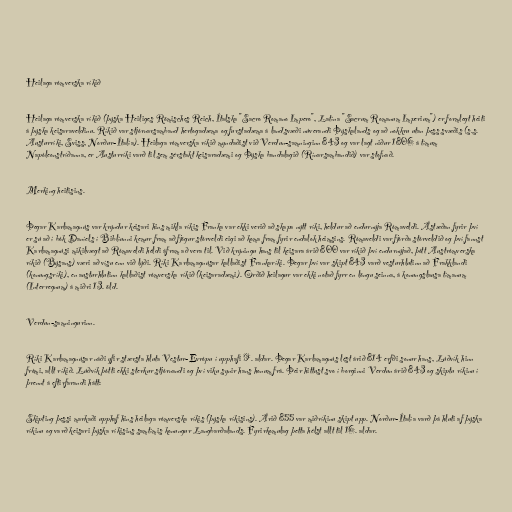
Heilaga rómverska ríkið

Heilaga rómverska ríkið (þýska Heiliges Römisches Reich, Ítalska "Sacro Romano Impero", Latína "Sacrum Romanum Imperium") er formlegt heiti
á þýska keisaraveldinu. Ríkið var stjórnarsamband hertogadæma og furstadæma á landsvæði núverandi Þýskalands og að nokkru utan þess svæðis (s.s.
Austurríki, Sviss, Norður-Ítalía). Heilaga rómverska ríkið myndaðist við Verdun-samninginn 843 og var lagt niður 1806 á tímum
Napóleonstríðanna, er Austurríki varð til sem sérstakt keisaradæmi og Þýska bandalagið (Rínarsambandið) var stofnað.

Merking heitisins.

Þegar Karlamagnús var krýndur keisari hins mikla ríkis Franka var ekki verið að skapa nýtt ríki, heldur að endurnýja Rómaveldi. Ástæðan fyrir því
er sú að í bók Daníels í Biblíunni kemur fram að fjögur stórveldi eigi að koma fram fyrir endalok heimsins. Rómaveldi var fjórða stórveldið og því fannst
Karlamagnúsi mikilvægt að Rómaveldi héldi áfram að vera til. Við krýningu hans til keisara árið 800 var ríkið því endurnýjað, þótt Austrómverska
ríkið (Býsans) væri að vísu enn við lýði. Ríki Karlamagnúsar kallaðist Frankaríki. Þegar því var skipt 843 varð vesturhlutinn að Frakklandi
(konungsríki), en austurhlutinn kallaðist rómverska ríkið (keisaradæmi). Orðið heilagur var ekki notað fyrr en löngu seinna, á konungslausa tímanum
(Interregnum) á miðri 13. öld.

Verdun-samningurinn.

Ríki Karlamagnúsar náði yfir stærsta hluta Vestur-Evrópu í upphafi 9. aldar. Þegar Karlamagnús lést árið 814 erfði sonur hans, Lúðvík hinn
frómi, allt ríkið. Lúðvík þótti ekki sterkur stjórnandi og því viku synir hans honum frá. Þeir hittust svo í borginni Verdun árið 843 og skiptu ríkinu í
þrennt á eftirfarandi hátt:

Skipting þessi markaði upphaf hins heilaga rómverska ríkis (þýska ríkisins). Árið 855 var miðríkinu skipt upp. Norður-Ítalía varð þá hluti af þýska
ríkinu og varð keisari þýska ríkisins samtímis konungur Langbarðalands. Fyrirkomulag þetta hélst allt til 16. aldar.